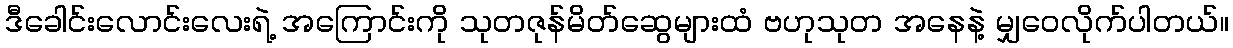
ဒီခေါင်းလောင်းလေးရဲ့ အကြောင်းကို သုတဇုန်မိတ်ဆွေများထံ ဗဟုသုတ အနေနဲ့ မျှဝေလိုက်ပါတယ်။